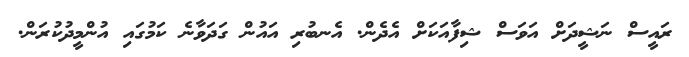
ރައީސް ނަޝީދަށް އަވަސް ޝިފާއަކަށް އެދެން. އެނބުރި އައުން ގަދަވާނެ ކަމުގައި އުންމީދުކުރަން.